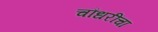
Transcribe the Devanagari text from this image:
चौधरींचा